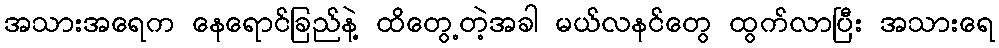
အသားအရေက နေရောင်ခြည်နဲ့ ထိတွေ့တဲ့အခါ မယ်လနင်တွေ ထွက်လာပြီး အသားရေ